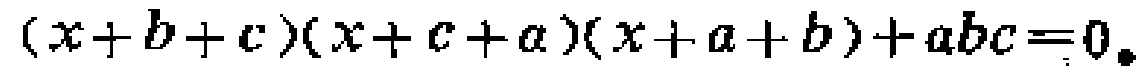
\((x + b + c)(x + c + a)(x + a + b)+abc = 0\)